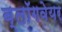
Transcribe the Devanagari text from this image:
ब्लॉगवेयर